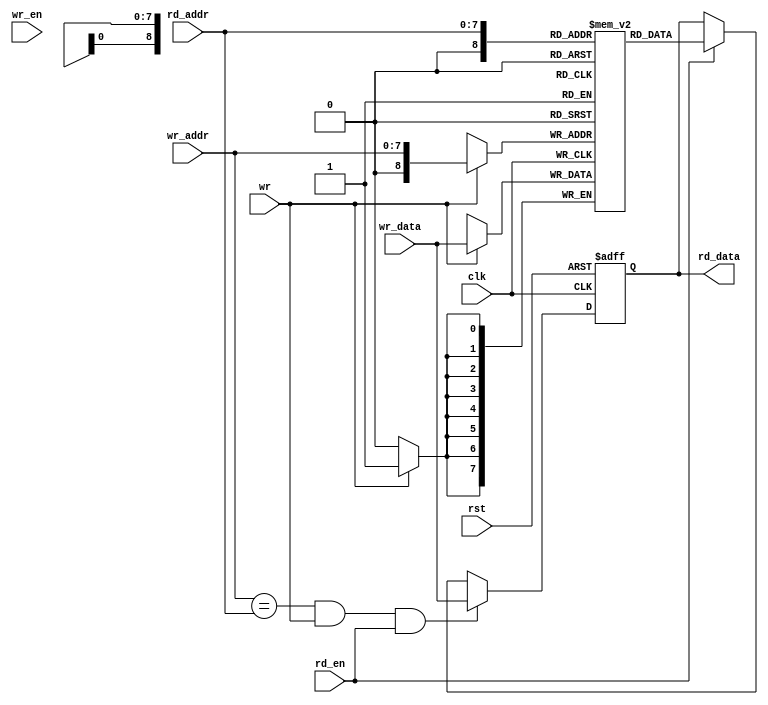
module oc8051_ram_256x8_two_bist (
                     clk,
                     rst,
		     rd_addr,
		     rd_data,
		     rd_en,
		     wr_addr,
		     wr_data,
		     wr_en,
		     wr
`ifdef OC8051_BIST
	 ,
         scanb_rst,
         scanb_clk,
         scanb_si,
         scanb_so,
         scanb_en
`endif
		     );


input         clk, 
              wr, 
	      rst,
	      rd_en,
	      wr_en;
input  [7:0]  wr_data;
input  [7:0]  rd_addr,
              wr_addr;
output [7:0]  rd_data;

`ifdef OC8051_BIST
input   scanb_rst;
input   scanb_clk;
input   scanb_si;
output  scanb_so;
input   scanb_en;
`endif


`ifdef OC8051_RAM_XILINX
  xilinx_ram_dp xilinx_ram(
  	// read port
  	.CLKA(clk),
  	.RSTA(rst),
  	.ENA(rd_en),
  	.ADDRA(rd_addr),
  	.DIA(8'h00),
  	.WEA(1'b0),
  	.DOA(rd_data),
  
  	// write port
  	.CLKB(clk),
  	.RSTB(rst),
  	.ENB(wr_en),
  	.ADDRB(wr_addr),
  	.DIB(wr_data),
  	.WEB(wr),
  	.DOB()
  );
  
  defparam
  	xilinx_ram.dwidth = 8,
  	xilinx_ram.awidth = 8;

`elsif OC8051_RAM_VIRTUALSILICON

`elsif  OC8051_RAM_ACTEL
    
      oc8051_actel_ram_256x8  oc8051_ram1(
      	.RWCLK  ( clk            ),
      	.RESET  ( rst            ),
      	.REN   ( rd_en          ),
      	.RADDR ( rd_addr        ),
      	.RD    ( rd_data        ),
      
      	.WEN    ( wr             ),
      	.WADDR ( wr_addr        ),
      	.WD    ( wr_data        )
      );
    

`elsif  OC8051_RAM_GENERIC
    
      generic_dpram #(8, 8) oc8051_ram1(
      	.rclk  ( clk            ),
      	.rrst  ( rst            ),
      	.rce   ( rd_en          ),
      	.oe    ( 1'b1           ),
      	.raddr ( rd_addr        ),
      	.do    ( rd_data        ),
      
      	.wclk  ( clk            ),
      	.wrst  ( rst            ),
      	.wce   ( wr_en          ),
      	.we    ( wr             ),
      	.waddr ( wr_addr        ),
      	.di    ( wr_data        )
      );
    
`else

      reg    [7:0]  rd_data;
      //
      // buffer
      reg    [7:0]  buff [0:256];
      
      
      //
      // writing to ram
      always @(posedge clk)
      begin
       if (wr)
          buff[wr_addr] <= #1 wr_data;
      end
      
      //
      // reading from ram
      always @(posedge clk or posedge rst)
      begin
        if (rst)
          rd_data <= #1 8'h0;
        else if ((wr_addr==rd_addr) & wr & rd_en)
          rd_data <= #1 wr_data;
        else if (rd_en)
          rd_data <= #1 buff[rd_addr];
      end
`endif      //OC8051_RAM_XILINX

endmodule